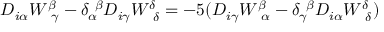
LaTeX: D _ { i \alpha } W _ { ~ \gamma } ^ { \beta } - \delta _ { \alpha } ^ { ~ \beta } D _ { i \gamma } W _ { ~ \delta } ^ { \delta } = - 5 ( D _ { i \gamma } W _ { ~ \alpha } ^ { \beta } - \delta _ { \gamma } ^ { ~ \beta } D _ { i \alpha } W _ { ~ \delta } ^ { \delta } )